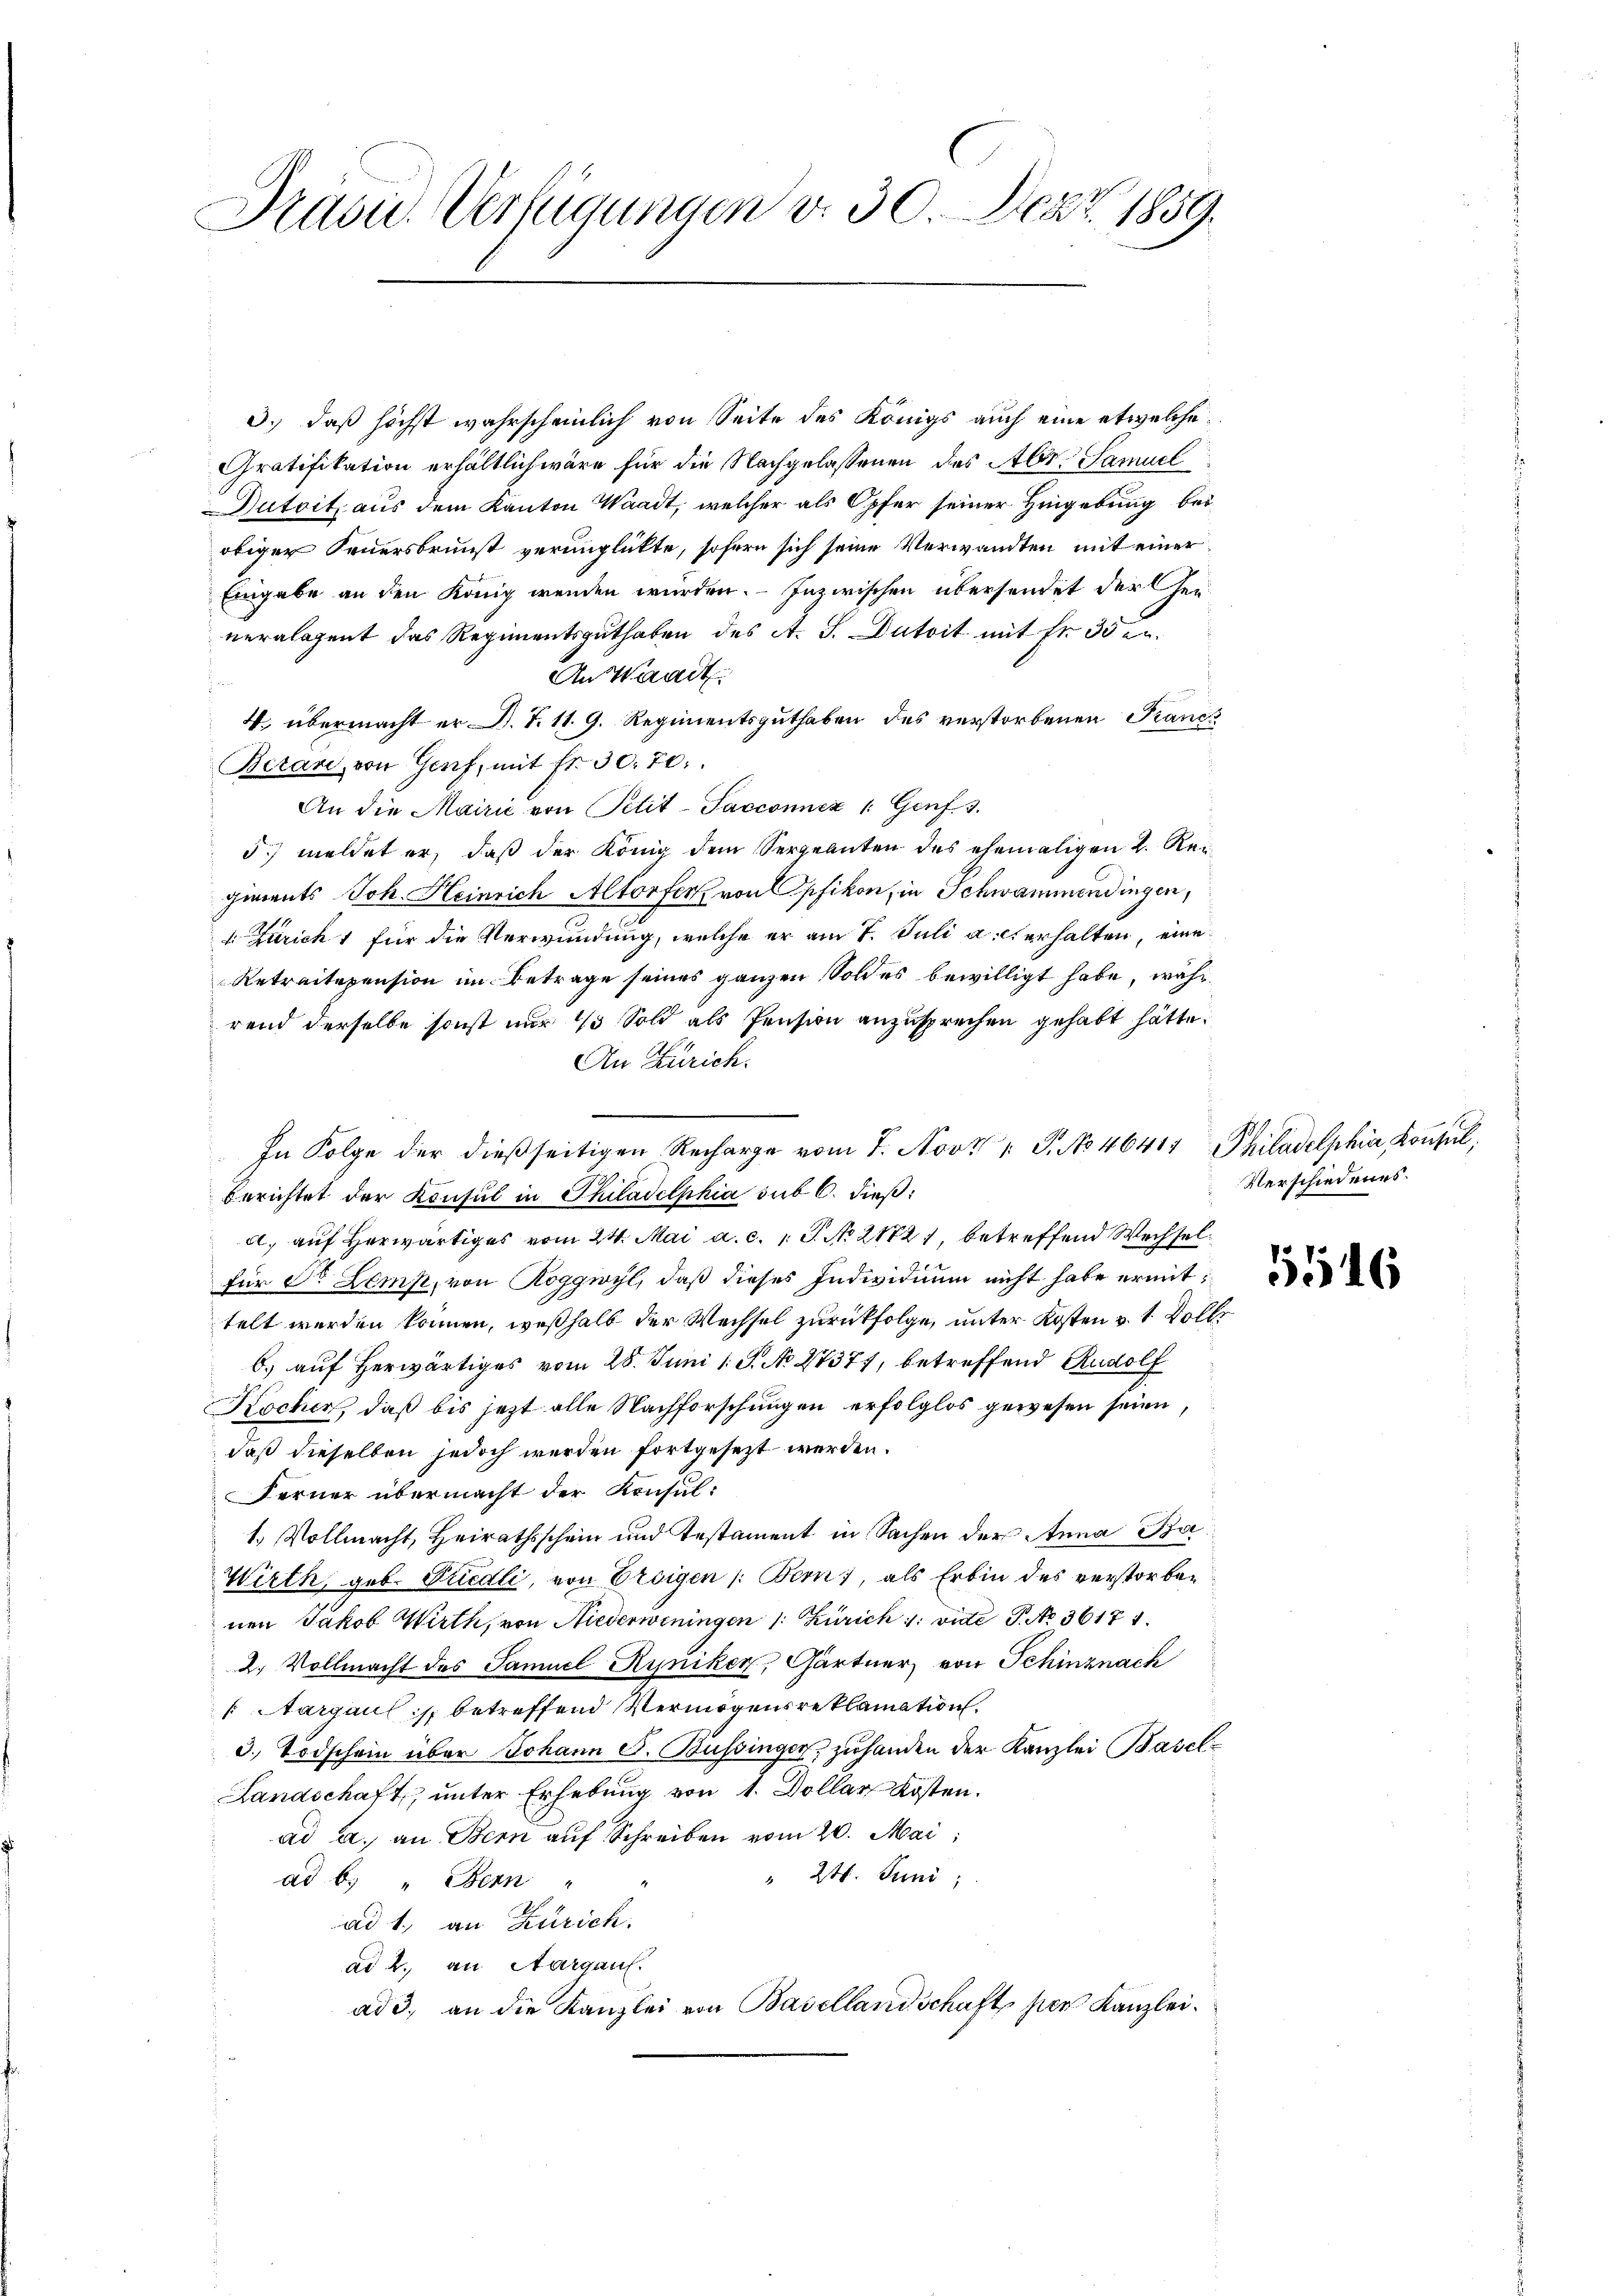
C
Präsid. Verfügungen v. 30. Sept. 1859.

3.) daß höchst wahrscheinlich von Seite des Königs auch eine etwelche
Gratifikation erhältlich wäre für die Nachgelassenen des Aber Samuel
Dutoit, aus dem Kanton Waadt, welcher als Opfer seiner Hingebung bei
obiger Feuersbrunst verunglückte, sofern sich seine Verwandten mit einer
Eingabe an den König wenden würden. Inzwischen übersendet der Generalagent das Regimentsguthaben des A. S. Dutoit mit Fr. 35 f.
An Waadt
d
4. übermacht er D. S. 11. 9. Regimentsguthaben des verstorbenen Kandi
Betan, von Genf, mit fr. 30. 70.
An die Mairić von Petit-Sacconnez /: Genf. 3.
5) meldet er, daß der König dem Sergnanten des ehemaligen 2. Regiments Joh. Heinrich Altorfer von Opfikon, in Schwammendingen,
 Züricht für die Verwundung, welche er am 7. Juli auch erhalten, eine
Retraitepension im Betrage seines ganzen Sold es bewilligt habe, währ
rend derselbe sonst nur 1 Sold als Pension anzusprechen gehabt hätte.
An Zürich.
In Folge der dießseitigen Recharge vom 7. Nov. 1 S. No 46414 Philadelphia Konsul,
berichtet der Konsul in Philadelphia sub 6. dieß:
a) auf herwärtiges vom 24. Mai a. c. 1 S. No 2172), betreffend Wechselfür Dr Zemp, von Roggwyl, daß dieses Individium nicht habe ermittelt werden können, weßhalb der Wechsel zurückfolge, unter Kosten v. 1. Volle
b.) auf herwärtiges vom 28. Juni 1 S. No 27377, betreffend Rudolf
Kocher, daß bis jezt alle Nachforschungen erfolglos gewesen seien,
daß dieselben jedoch werden fortgesezt werden.
Ferner übermacht der Konsul:
1. Vollmacht, Heirathsschein und Testament in Sachen der Anna Ba¬
Wirth, geb. Friedli, von Ersigen /: Bern), als Erbin des verstorbenen Jakob Wirth, von Niederweningen 1. Zürich u. vide P. No 36181.
2. Vollmacht des Samuel Ryniker, Gärtner von Schinznach
Aargaul s. betreffend Vermögensreklamation.
3. Todschein über Johann S. Bussinger, zuhanden der Kanzlei Basel¬
Landschaft, unter Erhebung von 1. Dollar Kosten.
ad a. an Bern auf Schreiben vom 20. Mai,
" 24. Juni,
ad b. " Bern
ad 1., an Zürich.
ad 2., an Aargau.
ad 3. an die Kanzlei von Basellandschaft per Kanzlei.

Verschiedenes.

5516